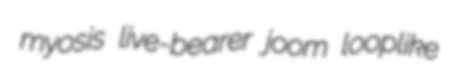
myosis live-bearer joom looplike